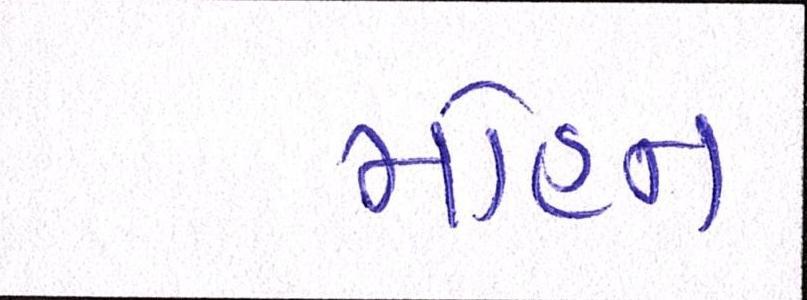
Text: મોહન